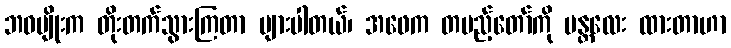
ဘဝမျိုးက တိုးတက်သွားကြတာ များပါတယ်၊ အဖေက တပည့်တော်ကို မန္တလေး ထားတာဟာ